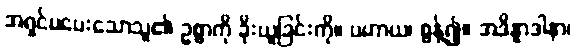
အရှင်မပေးသောသူ၏ ဥစ္စာကို ခိုးယူခြင်းကို။ ပဟာယ၊ စွန့်၍။ အဒိန္နာဒါနာ၊